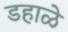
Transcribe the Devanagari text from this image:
डहाळे